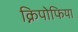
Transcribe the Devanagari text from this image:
क्निपोफिया